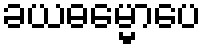
ခယဓမ္မောပေ